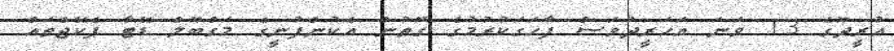
އުރީދޫގެ 13 ވަނަ އަހަރީދުވަސް ފާހަގަކުރުމުގެ ގޮތުން އެކުންފުނީގެ މަގްބޫލް ޑޭޓާ ޕެކޭޖްތައް